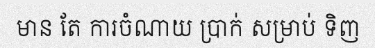
មាន តែ ការចំណាយ ប្រាក់ សម្រាប់ ទិញ